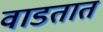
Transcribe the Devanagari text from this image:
वाडतात